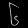
Digit: ၆